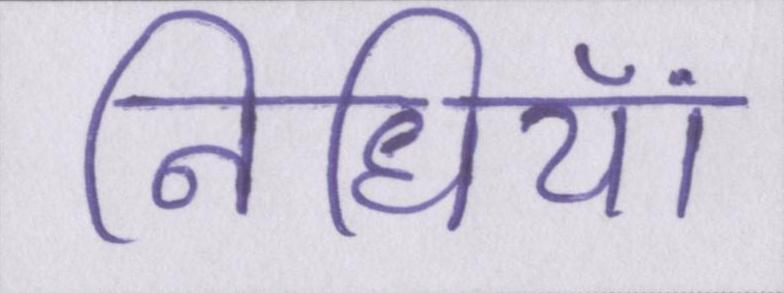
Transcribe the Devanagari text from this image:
निधियां